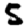
Digit: 5